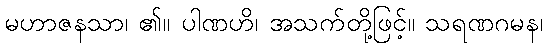
မဟာဇနသာ၊ ၏။ ပါဏဟိ၊ အသက်တို့ဖြင့်။ သရဏဂမန၊